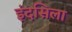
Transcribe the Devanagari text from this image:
इंदसिला